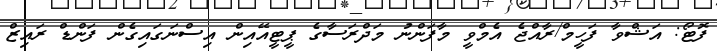
ފޮޓޯ: އަޝްވާ ފަހީމް/ރާއްޖެ އެމްވީ މާފަންނު މަދްރަސާގެ ޕީޓީއޭއިން އިސްނަގައިގެން ފަންޑް ރައިޒް